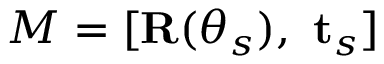
M = [ \mathbf { R } ( \theta _ { s } ) , ~ \mathbf { t } _ { s } ]